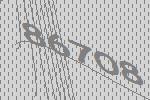
86708